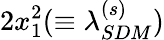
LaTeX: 2x_{1}^{2}(\equiv\lambda_{SDM}^{(s)})